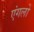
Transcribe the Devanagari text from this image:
एंगलो